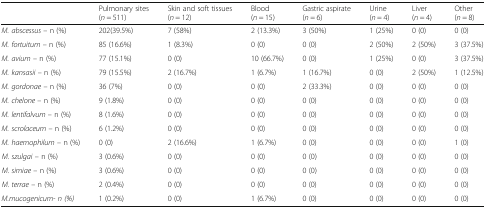
|  | Pulmonary sites (n = 511) | Skin and soft tissues (n = 12) | Blood (n = 15) | Gastric aspirate (n = 6) | Urine (n = 4) | Liver (n = 4) | Other (n = 8) |
 | --- | --- | --- | --- | --- | --- | --- | --- |
 | M. abscessus – n (%) | 202(39.5%) | 7 (58%) | 2 (13.3%) | 3 (50%) | 1 (25%) | 0 (0) | 0 (0) |
 | M. fortuitum – n (%) | 85 (16.6%) | 1 (8.3%) | 0 (0) | 0 (0) | 2 (50%) | 2 (50%) | 3 (37.5%) |
 | M. avium – n (%) | 77 (15.1%) | 0 (0) | 10 (66.7%) | 0 (0) | 1 (25%) | 0 (0) | 3 (37.5%) |
 | M. kansasii – n (%) | 79 (15.5%) | 2 (16.7%) | 1 (6.7%) | 1 (16.7%) | 0 (0) | 2 (50%) | 1 (12.5%) |
 | M. gordonae – n (%) | 36 (7%) | 0 (0) | 0 (0) | 2 (33.3%) | 0 (0) | 0 (0) | 0 (0) |
 | M. chelone – n (%) | 9 (1.8%) | 0 (0) | 0 (0) | 0 (0) | 0 (0) | 0 (0) | 0 (0) |
 | M. lentifalvum – n (%) | 8 (1.6%) | 0 (0) | 0 (0) | 0 (0) | 0 (0) | 0 (0) | 0 (0) |
 | M. scrolaceum – n (%) | 6 (1.2%) | 0 (0) | 0 (0) | 0 (0) | 0 (0) | 0 (0) | 0 (0) |
 | M. haemophilum – n (%) | 0 (0) | 2 (16.6%) | 1 (6.7%) | 0 (0) | 0 (0) | 0 (0) | 1 (0) |
 | M. szulgai – n (%) | 3 (0.6%) | 0 (0) | 0 (0) | 0 (0) | 0 (0) | 0 (0) | 0 (0) |
 | M. simiae – n (%) | 3 (0.6%) | 0 (0) | 0 (0) | 0 (0) | 0 (0) | 0 (0) | 0 (0) |
 | M. terrae – n (%) | 2 (0.4%) | 0 (0) | 0 (0) | 0 (0) | 0 (0) | 0 (0) | 0 (0) |
 | M.mucogenicum- n (%) | 1 (0.2%) | 0 (0) | 1 (6.7%) | 0 (0) | 0 (0) | 0 (0) | 0 (0) |